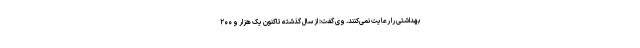
بهداشتی را رعایت نمی‌کنند. وی گفت: از سال گذشته تاکنون یک هزار و ۲۰۰